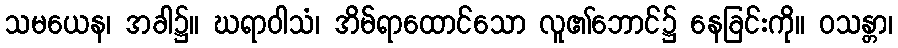
သမယေန၊ အခါ၌။ ဃရာဝါသံ၊ အိမ်ရာထောင်သော လူ၏ဘောင်၌ နေခြင်းကို။ ဝသန္တာ၊